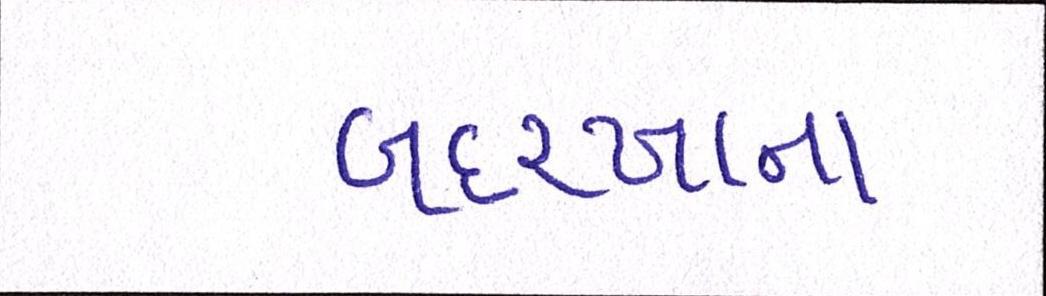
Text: બદરખાના